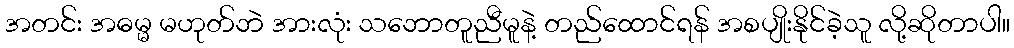
အတင်း အဓမ္မ မဟုတ်ဘဲ အားလုံး သဘောတူညီမူနဲ့ တည်ထောင်ရန် အစပျိုးနိုင်ခဲ့သူ လို့ဆိုတာပါ။